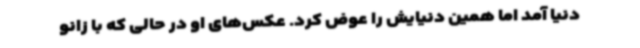
دنیا آمد اما همین دنیایش را عوض کرد. عکس‌های او در حالی که با زانو